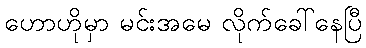
ဟောဟိုမှာ မင်းအမေ လိုက်ခေါ်နေပြီ